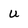
Character: u